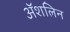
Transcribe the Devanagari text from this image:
अॅशलिन